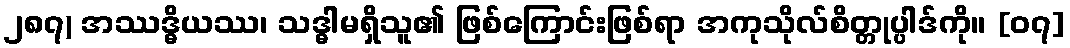
၂၈၇) အဿဒ္ဓိယဿ၊ သဒ္ဓါမရှိသူ၏ ဖြစ်ကြောင်းဖြစ်ရာ အကုသိုလ်စိတ္တုပ္ပါဒ်ကို။ [၀၇]